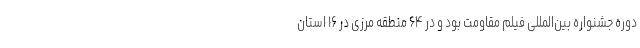
دوره جشنواره بین‌المللی فیلم مقاومت بود و در ۶۴ منطقه مرزی در ۱۶ استان